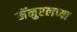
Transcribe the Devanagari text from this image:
मॅनुएलच्या